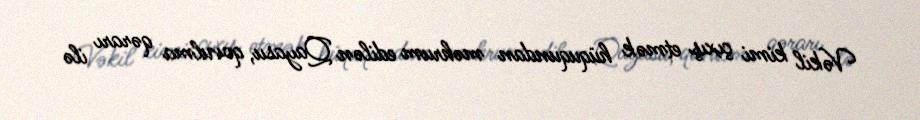
Vəkil kimi çıxış etmək hüququndan məhrum edilən Qayasu, qovulma qərarı ilə